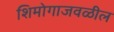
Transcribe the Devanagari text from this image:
शिमोगाजवळील